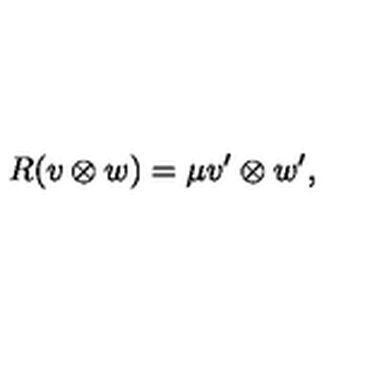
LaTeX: R ( v \otimes w ) = \mu v ^ { \prime } \otimes w ^ { \prime } ,